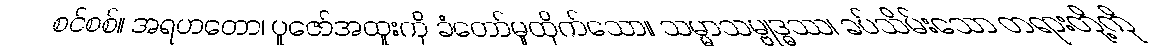
စင်စစ်။ အရဟတော၊ ပူဇော်အထူးကို ခံတော်မူထိုက်သော။ သမ္မာသမ္ဗုဒ္ဓဿ၊ ခပ်သိမ်းသော တရားတို့ကို